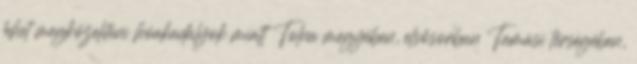
lehet megközelíteni hóakadályok miatt Tolna megyében, elsősorban Tamási térségében,